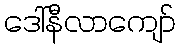
ဒေါ်နီလာကျော်